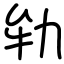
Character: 劺